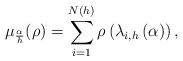
\begin{align*}\mu_{\frac{\alpha}{h}}(\rho) = \sum_{i=1}^{N(h)} \rho\left(\lambda_{i,h}\left( \alpha \right) \right), \end{align*}